Annual administration report of the Civil Veterinary Department of India - 1893-1894
Year: 1893
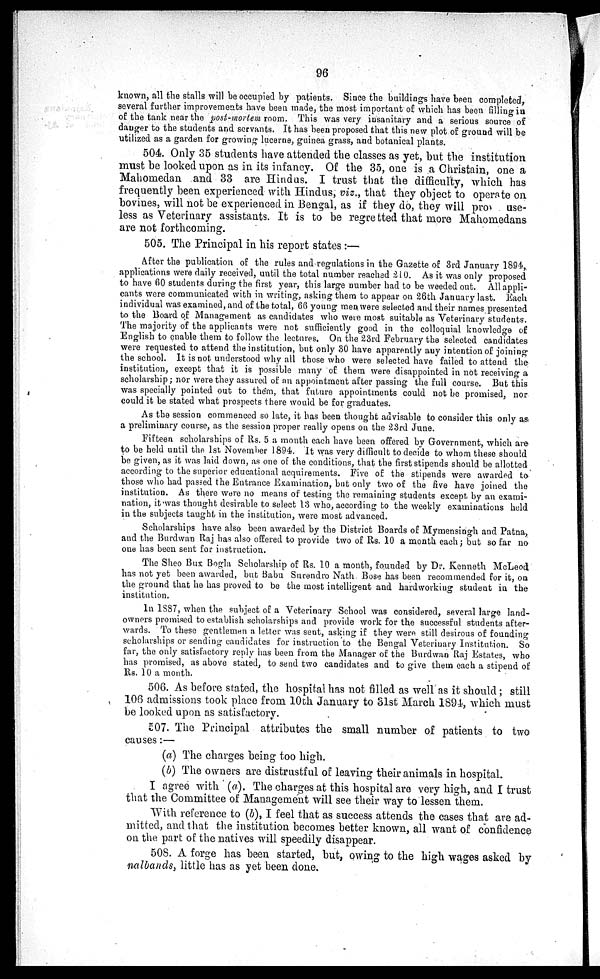
96
known, all the stalls will be occupied by patients. Since the buildings have been completed,
several further improvements have been made, the most important of which has been filling in
of the tank near the post-mortem room. This was very insanitary and a serious source of
danger to the students and servants. It has been proposed that this new plot of ground will be
utilized as a garden for growing lucerne, guinea grass, and botanical plants.
504. Only 35 students have attended the classes as yet, but the institution
must be looked upon as in its infancy. Of the 35, one is a Christain, one a
Mahomedan and 33 are Hindus. I trust that the difficulty, which has
frequently been experienced with Hindus, viz., that they object to operate on
bovines, will not be experienced in Bengal, as if they do, they will pro
use-
less as Veterinary assistants. It is to be regretted that more Mahomedans
are not forthcoming.
505. The Principal in his report states :—
After the publication of the rules and regulations in the Gazette of 3rd January 1894,
applications were daily received, until the total number reached 210. As it was only proposed
to have 60 students during the first year, this large number had to be weeded out. All appli-
cants were communicated with in writing, asking them to appear on 26th January last. Each
individual was examined, and of the total, 66 young men were selected and their names presented
to the Board of Management as candidates who were most suitable as Veterinary students.
The majority of the applicants were not sufficiently good in the colloquial knowledge of
English to enable them to follow the lectures. On the 23rd February the selected candidates
were requested to attend the institution, but only 30 have apparently any intention of joining
the school. It is not understood why all those who were selected have failed to attend the
institution, except that it is possible many of them were disappointed in not receiving a
scholarship; nor were they assured of an appointment after passing the full course. But this
was specially pointed out to them, that future appointments could not be promised, nor
could it be stated what prospects there would be for graduates.
As the session commenced so late, it has been thought advisable to consider this only as
a preliminary course, as the session proper really opens on the 23rd June.
Fifteen scholarships of Rs. 5 a month each have been offered by Government, which are
to be held until the 1st November 1894. It was very difficult to decide to whom these should
be given, as it was laid down, as one of the conditions, that the first stipends should be allotted
according to the superior educational acquirements. Five of the stipends were awarded to
those who had passed the Entrance Examination, but only two of the five have joined the
institution. As there were no means of testing the remaining students except by an exami-
nation, it was thought desirable to select 13 who, according to the weekly examinations held
in the subjects taught in the institution, were most advanced.
Scholarships have also been awarded by the District Boards of Mymensingh and Patna,
and the Burdwan Raj has also offered to provide two of Rs. 10 a month each; but so far no
one has been sent for instruction.
The Sheo Bux Bogla Scholarship of Rs. 10 a month, founded by Dr. Kenneth McLeod
has not yet been awarded, but Babu Surendro Nath Bose has been recommended for it, on
the ground that he has proved to be the most intelligent and hardworking student in the
institution.
In 1887, when the subject of a Veterinary School was considered, several large land-
owners promised to establish scholarships and provide work for the successful students after-
wards. To these gentlemen a letter was sent, asking if they were still desirous of founding
scholarships or sending candidates for instruction to the Bengal Veterinary Institution. So
far, the only satisfactory reply has been from the Manager of the Burdwan Raj Estates, who
has promised, as above stated, to send two candidates and to give them each a stipend of
Rs. 10 a month.
506. As before stated, the hospital has not filled as well as it should; still
106 admissions took place from 10th January to 31st March 1894, which must
be looked upon as satisfactory.
507. The Principal attributes the small number of patients to two
causes:—
(a) The charges being too high.
(b) The owners are distrustful of leaving their animals in hospital.
I agree with (a). The charges at this hospital are very high, and I trust
that the Committee of Management will see their way to lessen them.
With reference to (b), I feel that as success attends the cases that are ad-
mitted, and that the institution becomes better known, all want of confidence
on the part of the natives will speedily disappear.
508. A forge has been started, but, owing to the high wages asked by
nalbands, little has as yet been done.